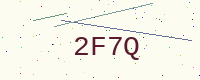
Text: 2F7Q